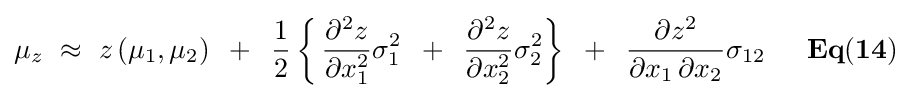
\mu _{z}\,\,\approx \,\,z\left({\mu _{1},\mu _{2}}\right)\,\,\,+\,\,\,{1 \over 2}\left\{{\,{{\partial ^{2}z} \over {\partial x_{1}^{2}}}\sigma _{1}^{2}\,\,\,+\,\,\,{{\partial ^{2}z} \over {\partial x_{2}^{2}}}\sigma _{2}^{2}}\right\}\,\,\,+\,\,\,{{\partial z^{2}} \over {\partial x_{1}\,\partial x_{2}}}\sigma _{12}{\mathbf {\,\,\,\,\,\,\,\,\,Eq(14)} }